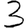
Digit: 3